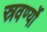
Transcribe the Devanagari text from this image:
स्रवर्ण्यो